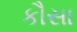
કૌસા